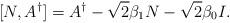
LaTeX: \begin{align*}[N, A^\dagger]=A^\dagger-\sqrt{2}\beta_1N-\sqrt{2}\beta_0I.\end{align*}